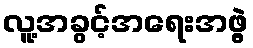
လူ့အခွင့်အရေးအဖွဲ့